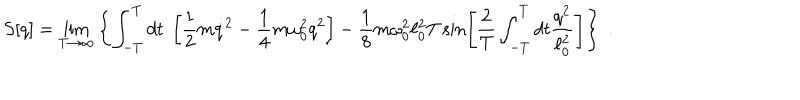
S [ q ] = \lim _ { T \rightarrow \infty } \left\{ \int _ { - T } ^ { T } d t \; \left[ \frac 1 2 m \dot { q } ^ { 2 } - \frac 1 4 m \omega _ { 0 } ^ { 2 } q ^ { 2 } \right] - \frac 1 8 m \omega _ { 0 } ^ { 2 } \ell _ { 0 } ^ { 2 } T \sin \left[ { \frac { 2 } { T } } \int _ { - T } ^ { T } d t { \frac { q ^ { 2 } } { \ell _ { 0 } ^ { 2 } } } \right] \right\} \; .